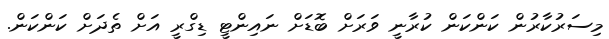
މިސަރުކާރުން ކަންކަން ކުރާނީ ވަރަށް ބޮޑަށް ނައިންޓީ ޑިގްރީ އަށް ތެދަށް ކަންކަން.